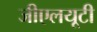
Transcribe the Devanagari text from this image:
जीएलयूटी